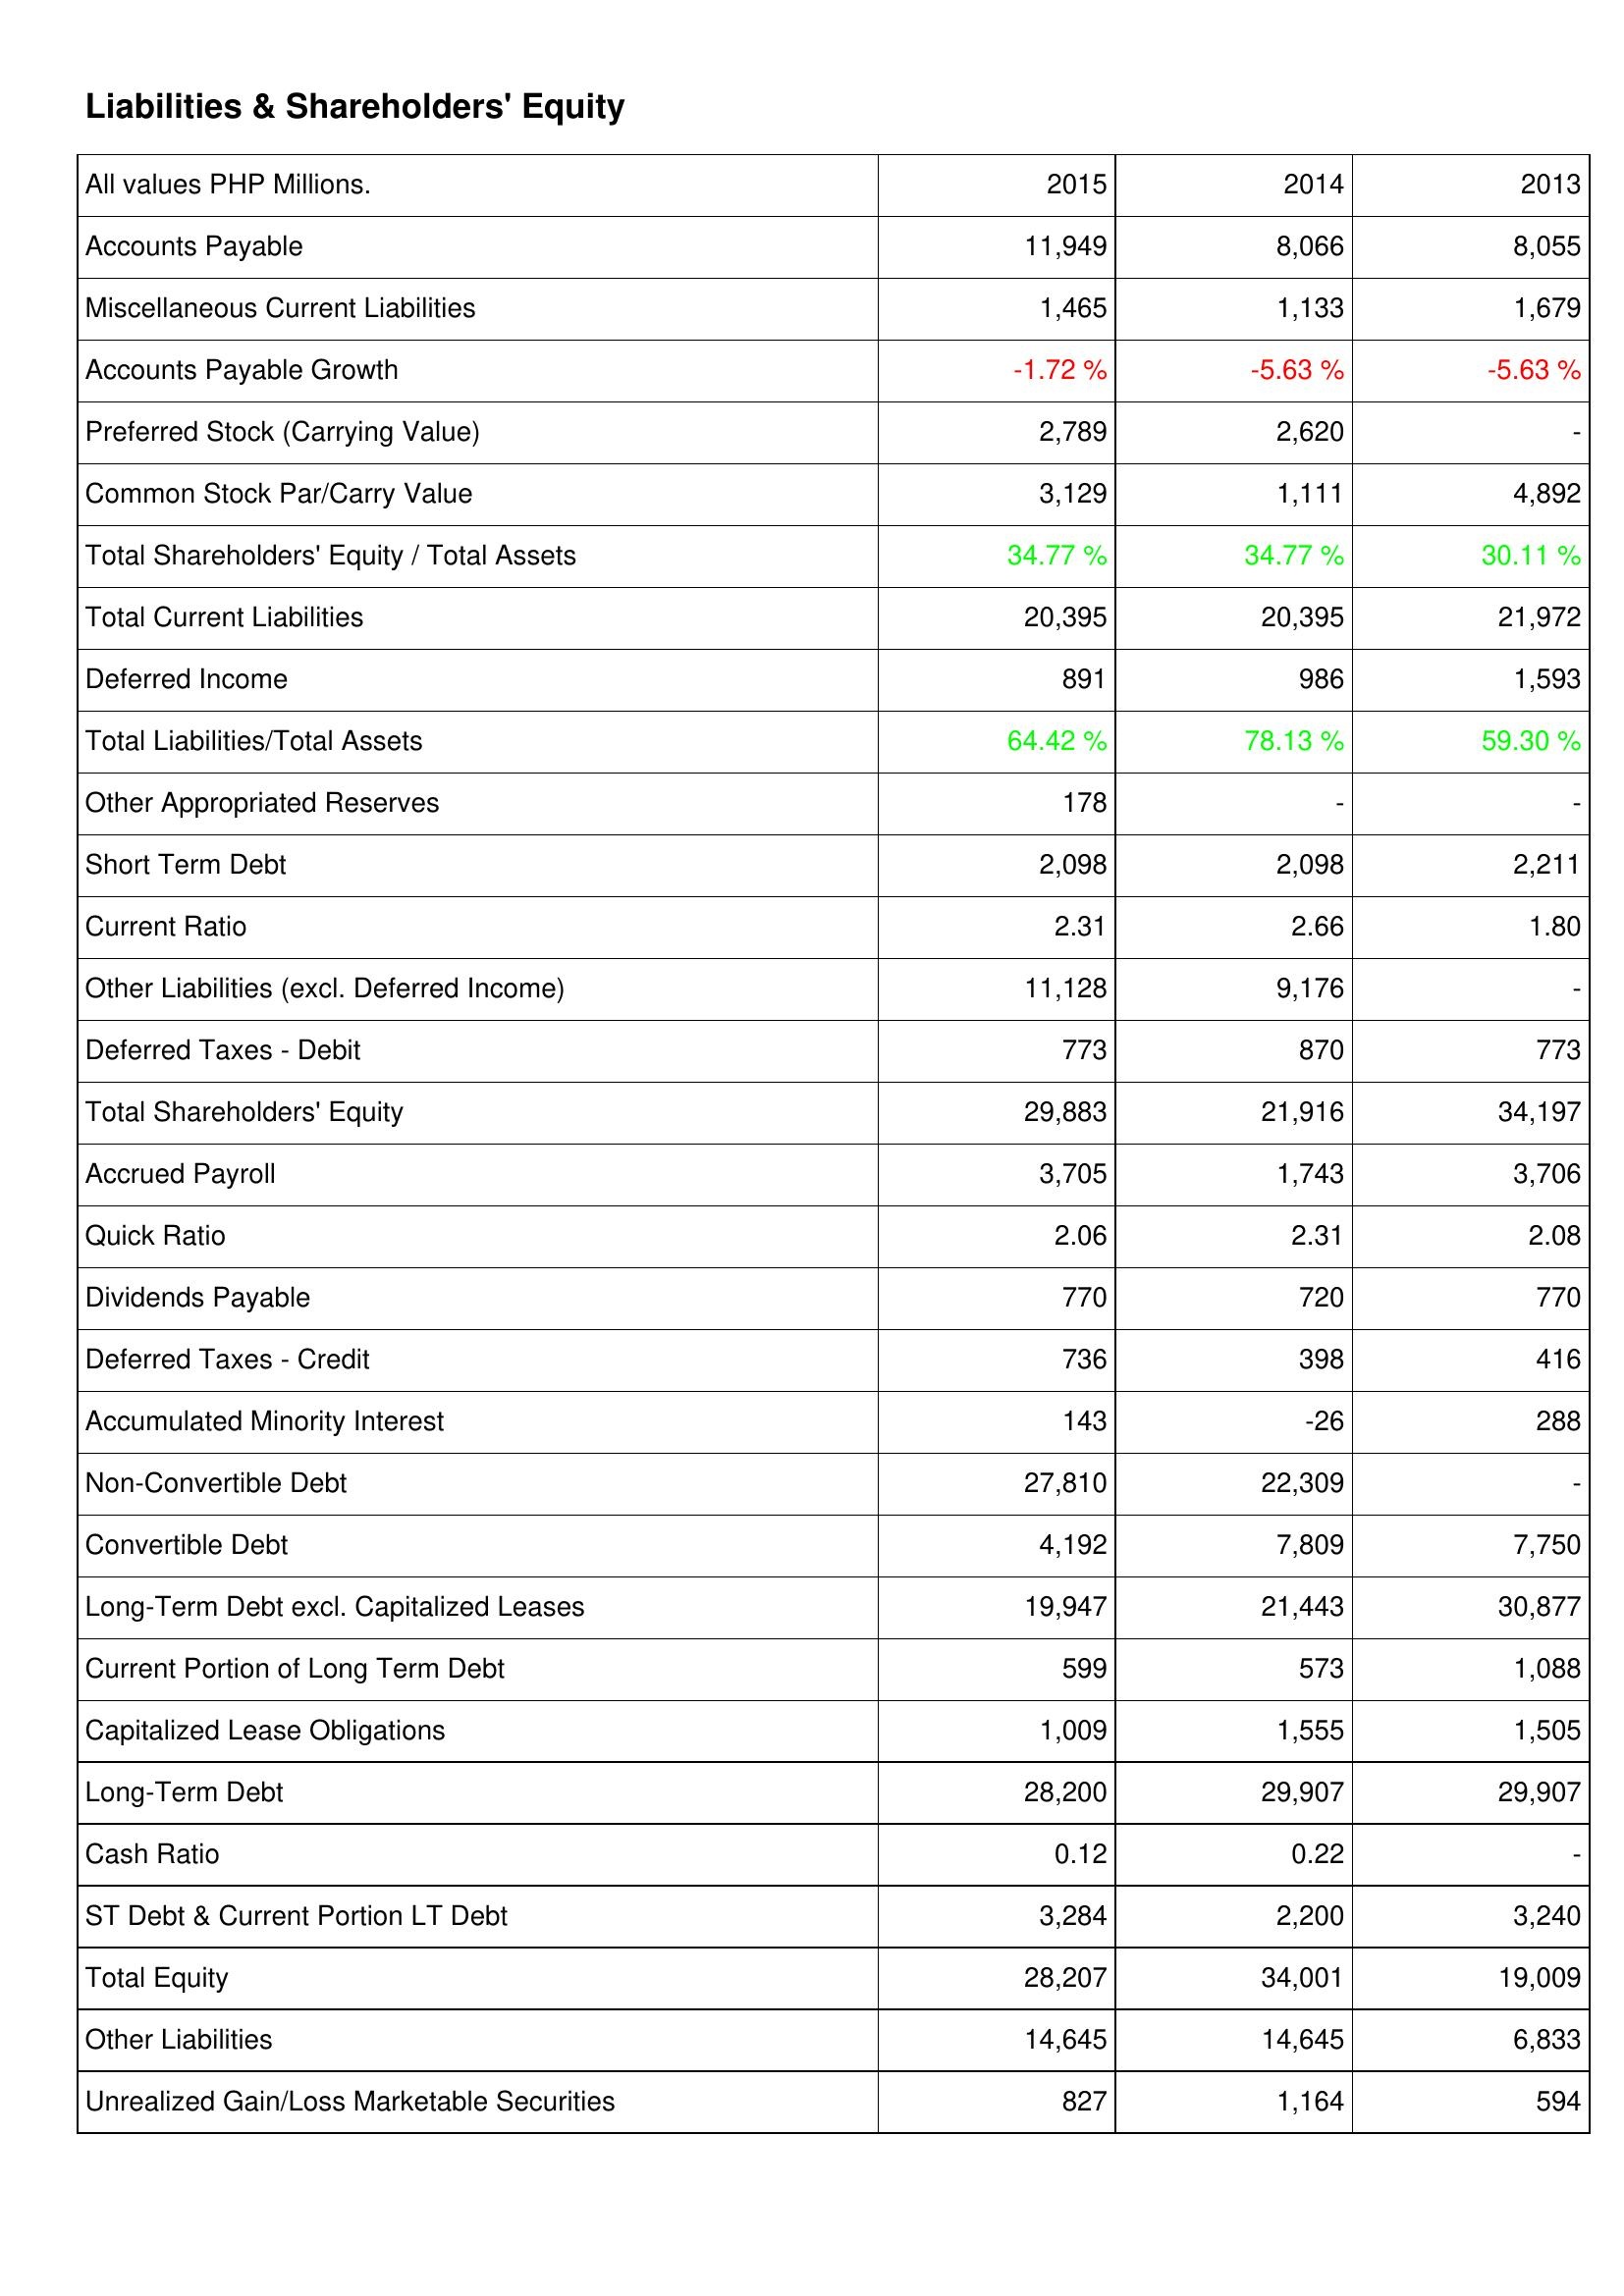
2015: Liabilities & Shareholders' Equity: Accounts Payable: 11,949
Miscellaneous Current Liabilities: 1,465
Accounts Payable Growth: -1.72 %
Preferred Stock (Carrying Value): 2,789
Common Stock Par/Carry Value: 3,129
Total Shareholders' Equity / Total Assets: 34.77 %
Total Current Liabilities: 20,395
Deferred Income: 891
Total Liabilities/Total Assets: 64.42 %
Other Appropriated Reserves: 178
Short Term Debt: 2,098
Current Ratio: 2.31
Other Liabilities (excl. Deferred Income): 11,128
Deferred Taxes - Debit: 773
Total Shareholders' Equity: 29,883
Accrued Payroll: 3,705
Quick Ratio: 2.06
Dividends Payable: 770
Deferred Taxes - Credit: 736
Accumulated Minority Interest: 143
Non-Convertible Debt: 27,810
Convertible Debt: 4,192
Long-Term Debt excl. Capitalized Leases: 19,947
Current Portion of Long Term Debt: 599
Capitalized Lease Obligations: 1,009
Long-Term Debt: 28,200
Cash Ratio: 0.12
ST Debt & Current Portion LT Debt: 3,284
Total Equity: 28,207
Other Liabilities: 14,645
Unrealized Gain/Loss Marketable Securities: 827
2014: Liabilities & Shareholders' Equity: Accounts Payable: 8,066
Miscellaneous Current Liabilities: 1,133
Accounts Payable Growth: -5.63 %
Preferred Stock (Carrying Value): 2,620
Common Stock Par/Carry Value: 1,111
Total Shareholders' Equity / Total Assets: 34.77 %
Total Current Liabilities: 20,395
Deferred Income: 986
Total Liabilities/Total Assets: 78.13 %
Other Appropriated Reserves: -
Short Term Debt: 2,098
Current Ratio: 2.66
Other Liabilities (excl. Deferred Income): 9,176
Deferred Taxes - Debit: 870
Total Shareholders' Equity: 21,916
Accrued Payroll: 1,743
Quick Ratio: 2.31
Dividends Payable: 720
Deferred Taxes - Credit: 398
Accumulated Minority Interest: -26
Non-Convertible Debt: 22,309
Convertible Debt: 7,809
Long-Term Debt excl. Capitalized Leases: 21,443
Current Portion of Long Term Debt: 573
Capitalized Lease Obligations: 1,555
Long-Term Debt: 29,907
Cash Ratio: 0.22
ST Debt & Current Portion LT Debt: 2,200
Total Equity: 34,001
Other Liabilities: 14,645
Unrealized Gain/Loss Marketable Securities: 1,164
2013: Liabilities & Shareholders' Equity: Accounts Payable: 8,055
Miscellaneous Current Liabilities: 1,679
Accounts Payable Growth: -5.63 %
Preferred Stock (Carrying Value): -
Common Stock Par/Carry Value: 4,892
Total Shareholders' Equity / Total Assets: 30.11 %
Total Current Liabilities: 21,972
Deferred Income: 1,593
Total Liabilities/Total Assets: 59.30 %
Other Appropriated Reserves: -
Short Term Debt: 2,211
Current Ratio: 1.80
Other Liabilities (excl. Deferred Income): -
Deferred Taxes - Debit: 773
Total Shareholders' Equity: 34,197
Accrued Payroll: 3,706
Quick Ratio: 2.08
Dividends Payable: 770
Deferred Taxes - Credit: 416
Accumulated Minority Interest: 288
Non-Convertible Debt: -
Convertible Debt: 7,750
Long-Term Debt excl. Capitalized Leases: 30,877
Current Portion of Long Term Debt: 1,088
Capitalized Lease Obligations: 1,505
Long-Term Debt: 29,907
Cash Ratio: -
ST Debt & Current Portion LT Debt: 3,240
Total Equity: 19,009
Other Liabilities: 6,833
Unrealized Gain/Loss Marketable Securities: 594